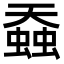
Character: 䗞